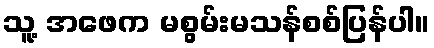
သူ့ အဖေက မစွမ်းမသန်စစ်ပြန်ပါ။